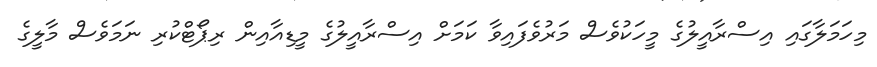
މިހަމަލާގައި އިސްރާއީލުގެ މީހަކުވެސް މަރުވެފައިވާ ކަމަށް އިސްރާއީލުގެ މީޑިއާއިން ރިޕޯޓްކުރި ނަމަވެސް މާލީގެ